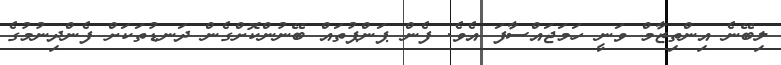
ލިބޭނެ އިންތިޒާމް ވަނީ ހަމަޖައްސާފަ އެވެ. ފެން ޕަންޕުތައް ބޭނުންކޮށްގެން ދަނޑުތަކަށް ފެންދިނުމުގެ